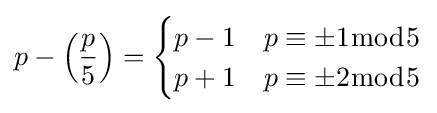
p-\left({\frac {p}{5}}\right)={\begin{cases}p-1&p\equiv \pm 1{\bmod {5}}\\p+1&p\equiv \pm 2{\bmod {5}}\end{cases}}